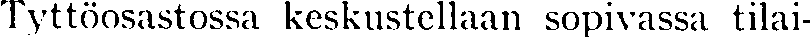
Tyttöosastossa keskustellaan sopivassa tilai-